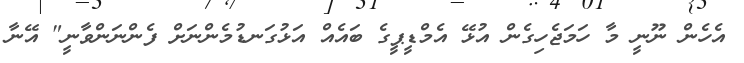
އެހެން ނޫނީ މާ ހަމަޖެހިގެން އުޅޭ އެމްޑީޕީގެ ބައެއް އަޅުގަނޑުމެންނަށް ފެންނަންވާނީ" އޭނާ